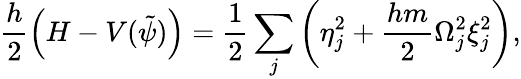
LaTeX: \frac{h}{2}\left(H-V(\tilde{\psi})\right)=\frac{1}{2}\sum_{j}\left(\eta_{j}^{2}+\frac{hm}{2}\Omega_{j}^{2}\xi_{j}^{2}\right),